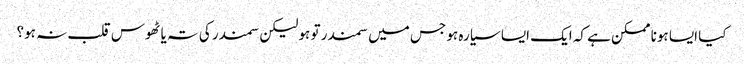
کیا ایسا ہونا ممکن ہے کہ ایک ایسا سیارہ ہو جس میں سمندر تو ہو لیکن سمندر کی تہ یا ٹھوس قلب نہ ہو؟